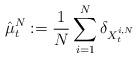
LaTeX: \begin{align*}\displaystyle \hat{\mu}_t^{N} := \frac{1}{N} \sum_{i=1}^N \delta_{X_t^{i,N}} \end{align*}